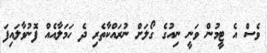
ވެސް އެ ޓީމުން ވަނީ ނިއުގެ ގޯލަށް ނުރައްކާތެރި ދެ ހަމަލާއެއް ފޮނުވާލައިފަ